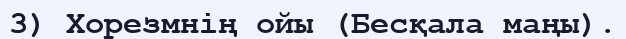
3) Хорезмнің ойы (Бесқала маңы).